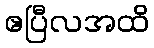
ဧပြီလအထိ